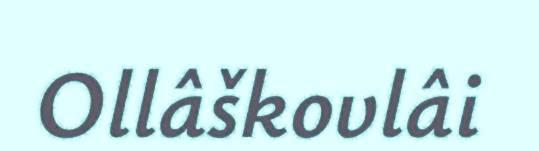
Ollâškovlâi